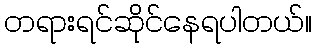
တရားရင်ဆိုင်နေရပါတယ်။